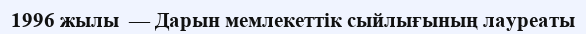
1996 жылы  — Дарын мемлекеттік сыйлығының лауреаты